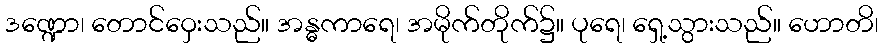
ဒဏ္ဍော၊ တောင်ဝှေးသည်။ အန္ဓကာရေ၊ အမိုက်တိုက်၌။ ပုရေ၊ ရှေ့သွားသည်။ ဟောတိ၊